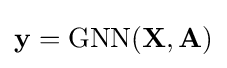
\mathbf {y} ={\text{GNN}}(\mathbf {X} ,\mathbf {A} )